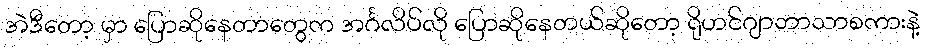
အဲဒီတော့ မှာ ပြောဆိုနေတာတွေက အင်္ဂလိပ်လို ပြောဆိုနေတယ်ဆိုတော့ ရိုဟင်ဂျာဘာသာစကားနဲ့